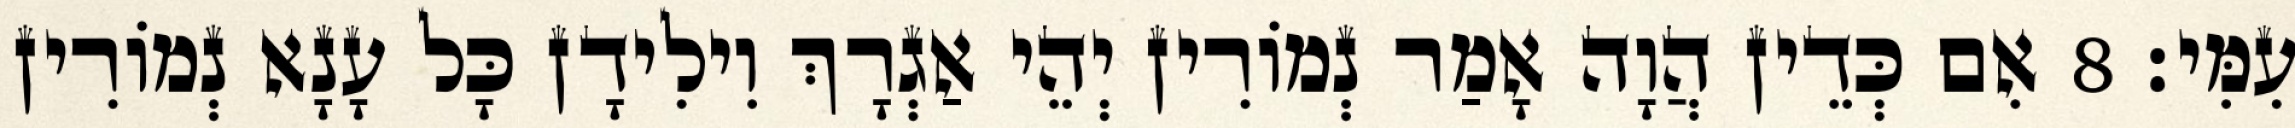
עִמִּי׃ 8 אִם כְּדֵין הֲוָה אָמַר נְמוֹרִין יְהֵי אַגְרָךְ וִילִידָן כָּל עָנָא נְמוֹרִין